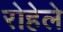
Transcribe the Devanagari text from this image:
रोहेले